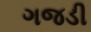
ગજડી